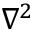
\nabla ^ { 2 }